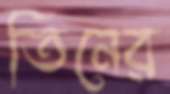
তিনের